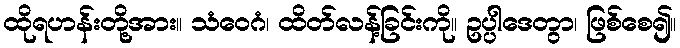
ထိုရဟန်းတို့အား။ သံဝေဂံ၊ ထိတ်လန့်ခြင်းကို။ ဥပ္ပါဒေတွာ၊ ဖြစ်စေ၍။